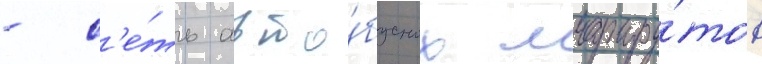
- с'е́ть авто́бусных маршру́тов